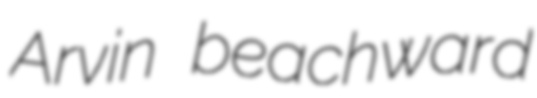
Arvin beachward